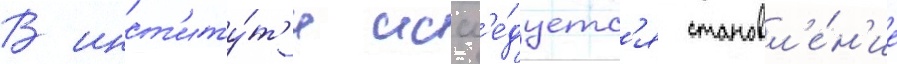
В инст'иту́т'е иссл'е́дуетс'я становл'е́н'ие